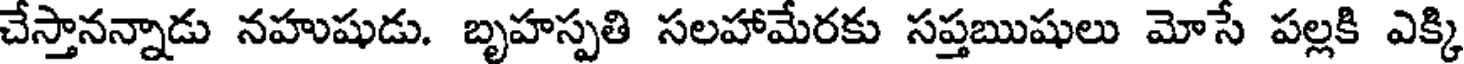
చేస్తానన్నాడు నహుషుడు. బృహస్పతి సలహామేరకు సప్తఋషులు మోసే పల్లకి ఎక్కి